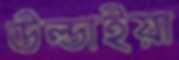
উল্ডাইয়া